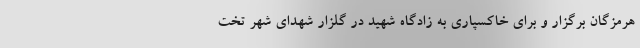
هرمزگان برگزار و برای خاکسپاری به زادگاه شهید در گلزار شهدای شهر تخت